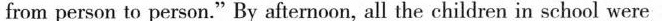
from person to person."By afternoon, all the children in school were